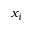
x _ { i }